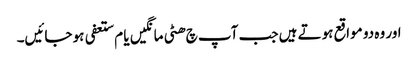
اور وہ دو مواقع ہوتے ہیں جب آپ چ ھٹی مانگیں یا م ستعفی ہو جائیں۔